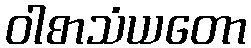
ဝါစာသံယတော